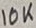
Text: 10K